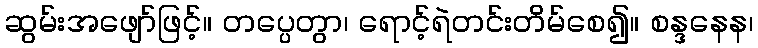
ဆွမ်းအဖျော်ဖြင့်။ တပ္ပေတွာ၊ ရောင့်ရဲတင်းတိမ်စေ၍။ စန္ဒနေန၊